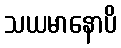
သယမာနောပိ